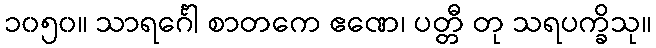
၁၀၅၀။ သာရင်္ဂေါ စာတကေ ဧဏေ၊ ပတ္တီ တု သရပက္ခိသု။